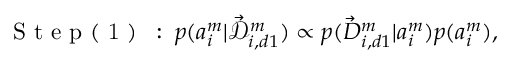
\mathrm { ~ S ~ t ~ e ~ p ~ ( ~ 1 ~ ) ~ } \: : \: p ( a _ { i } ^ { m } | \mathcal { \vec { D } } _ { i , d 1 } ^ { m } ) \propto p ( \vec { D } _ { i , d 1 } ^ { m } | a _ { i } ^ { m } ) p ( a _ { i } ^ { m } ) ,